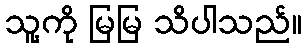
သူ့ကို မြမြ သိပါသည်။